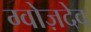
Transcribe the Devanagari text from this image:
ग्वोज़देव